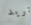
تريد